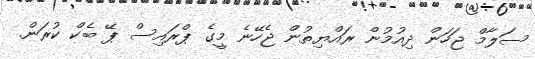
ސަލާމް ޖަހަން ދިއުމުން ރައްޔިތުން ޖެހޭނެ މީގެ ޕްރައިސް ޕޭ ބެކް ކުރަން.